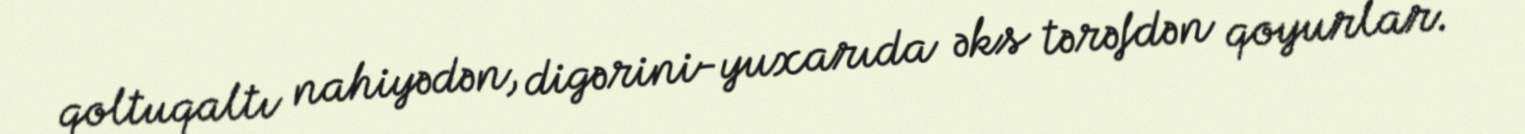
qoltuqaltı nahiyədən, digərini-yuxarıda əks tərəfdən qoyurlar.